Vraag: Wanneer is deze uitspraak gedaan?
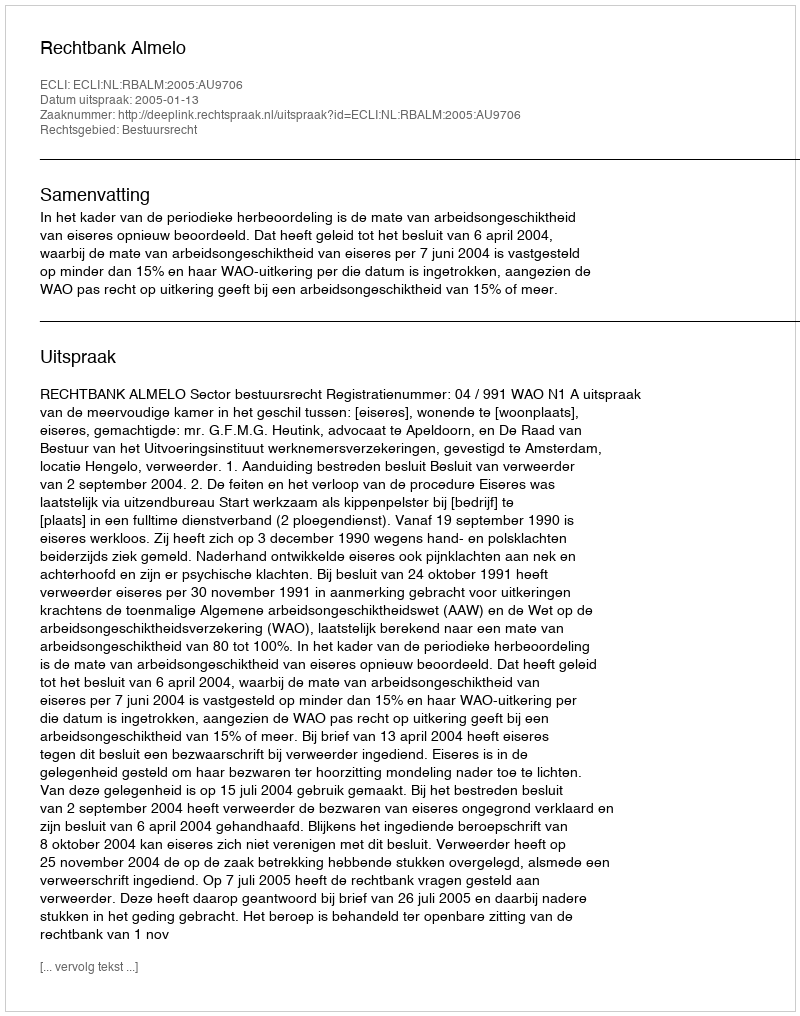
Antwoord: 2005-01-13